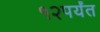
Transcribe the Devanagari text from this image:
१२पर्यंत